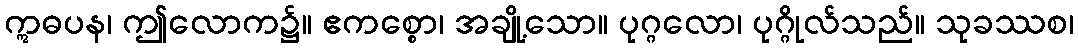
ဣဓပန၊ ဤလောက၌။ ဧကစ္စော၊ အချို့သော။ ပုဂ္ဂလော၊ ပုဂ္ဂိုလ်သည်။ သုခဿစ၊